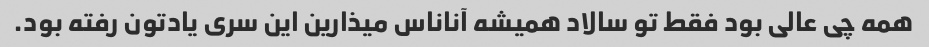
همه چی عالی بود فقط تو سالاد همیشه آناناس میذارین این سری یادتون رفته بود.